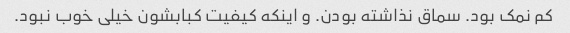
کم نمک بود. سماق نذاشته بودن. و اینکه کیفیت کبابشون خیلی خوب نبود.